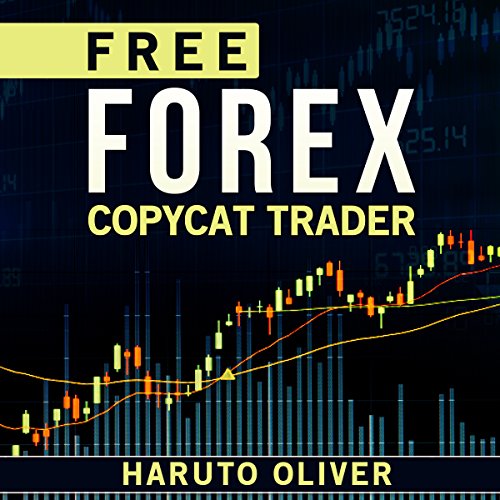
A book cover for Free Forex Copycat Trader; Haruto Oliver; Business & Money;